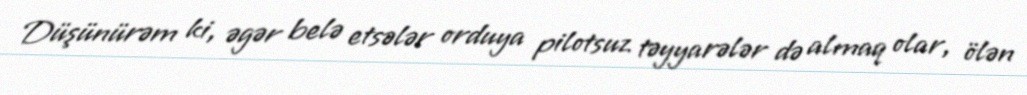
Düşünürəm ki, əgər belə etsələr orduya pilotsuz təyyarələr də almaq olar, ölən